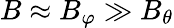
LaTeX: B\approx B_{\varphi}\gg B_{\theta}